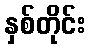
နှစ်တိုင်း